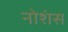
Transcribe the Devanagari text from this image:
नोशंस